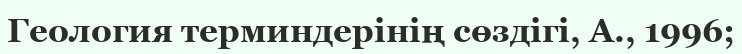
Геология терминдерінің сөздігі, А., 1996;